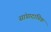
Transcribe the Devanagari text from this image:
सांप्रादायिक